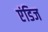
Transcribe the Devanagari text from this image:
एंडिज